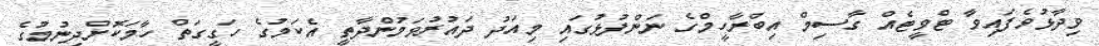
ވިދާޅުވެފައިވާ ޓްވީޓެއް ގާސިމް އިބްރާހީމްގެ ނަންފުޅުގައި މިއަދު ދައުރުވަމުންދާތީ އެކަމުގެ ހަގީގަތް ހާމަކޮށްދިނުމުގެ